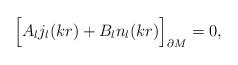
LaTeX: \begin{align*}\Bigr[A_{l} j_{l}(kr)+B_{l} n_{l}(kr)\Bigr]_{\partial M}=0,\end{align*}